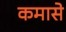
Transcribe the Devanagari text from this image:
कमासे